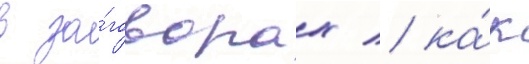
в за́говорах / ка́к